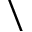
\backslash